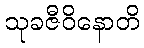
သုခဇီဝိနောတိ